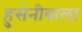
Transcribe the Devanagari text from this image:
हुसेनीवाला